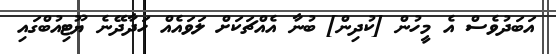
އަބަދުވެސް އެ މީހުން [ކުދިން] ބުނާ އެއްޗަކަށް ލަވައެއް ހަދާދޭނެ ޔޫޓިއުބްގައި